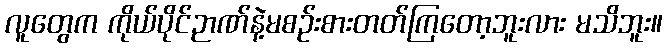
လူတွေက ကိုယ်ပိုင်ဉာဏ်နဲ့မစဉ်းစားတတ်ကြတော့ဘူးလား မသိဘူး။